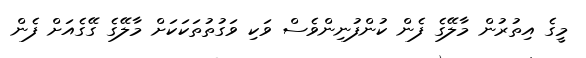
މީގެ އިތުރުން މާލޭގެ ފެން ކުންފުނިންވެސް ވަކި ވަގުތުތަކަކަށް މާލޭގެ ގޭގެއަށް ފެން